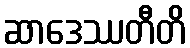
ဆာဒေဿတီတိ